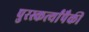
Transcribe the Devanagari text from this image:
पुरस्कर्त्यांपैकी